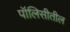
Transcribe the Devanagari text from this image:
पॉलिसीतील